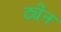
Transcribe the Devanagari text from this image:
ट्येन